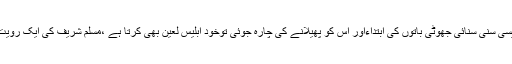
بلکہ ایسی سنی سنائی جھوٹی باتوں کی ابتداءاور اس کو پھیلانے کی چارہ جوئی توخود ابلیس لعین بھی کرتا ہے ،مسلم شریف کی ایک رویت ہے ۔